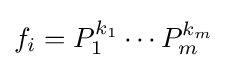
f_{i}=P_{1}^{k_{1}}\cdots P_{m}^{k_{m}}